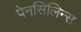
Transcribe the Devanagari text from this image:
पेनसिलिन्स